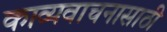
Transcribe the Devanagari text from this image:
काव्यवाचनासाठी